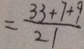
= \frac { 3 3 + 7 + 9 } { 2 1 }